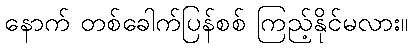
နောက် တစ်ခေါက်ပြန်စစ် ကြည့်နိုင်မလား။